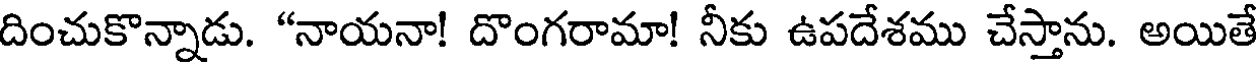
దించుకొన్నాడు. "నాయనా! దొంగరామా! నీకు ఉపదేశము చేస్తాను. అయితే